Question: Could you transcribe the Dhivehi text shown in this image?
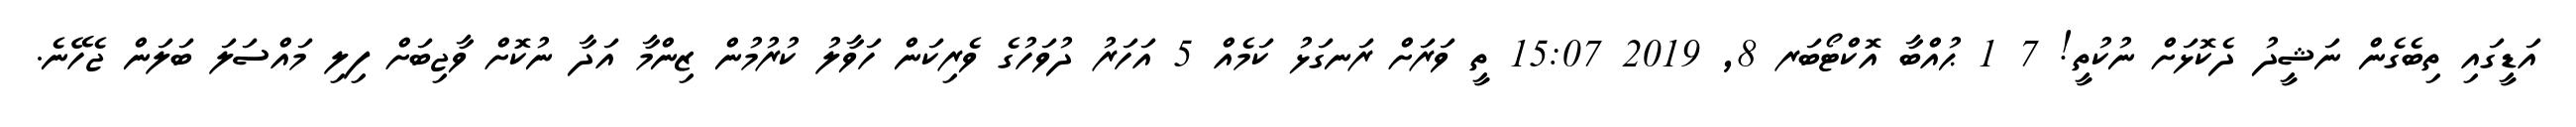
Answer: އަޑީގައި ތިބެގެން ނަޝީދު ދެކޮޅަށް ނުކުތީ! 7 1 ޙުއްބާ އޮކްޓޯބަރ 8, 2019 15:07 ތީ ވަރަށް ރަނގަޅު ކަމެއް 5 އަހަރު ދުވަހުގެ ވެރިކަން ހަވާލު ކުރުމުން ޒިންމާ އަދާ ނުކޮށް ވާޖިބަށް ފިލި މައްސަލަ ބަލަން ޖެހޭނެ.